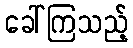
ခေါ်ကြသည့်